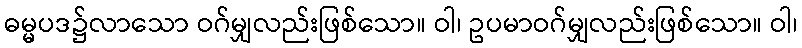
ဓမ္မပဒ၌လာသော ဝဂ်မျှလည်းဖြစ်သော။ ဝါ၊ ဥပမာဝဂ်မျှလည်းဖြစ်သော။ ဝါ၊